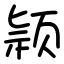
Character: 颕